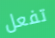
تفعل